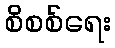
စိစစ်ရေး